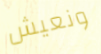
ونعيش